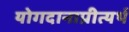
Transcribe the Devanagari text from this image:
योगदानाप्रीत्यर्थ